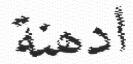
ادھنة